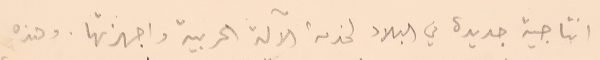
انتاجية جديدة في البلاد لخدمة الآلة الحربية واجهزتها. وهذه